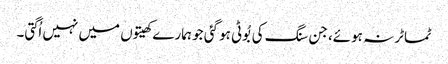
ٹماٹر نہ ہوئے، جن سنگ کی بُوٹی ہو گئی جو ہمارے کھیتوں میں نہیں اُگتی۔